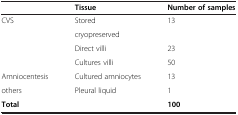
|  | Tissue | Number of samples |
 | --- | --- | --- |
 | <ROWSPAN=2> CVS | Stored | <ROWSPAN=2> 13 |
 | cryopreserved |
 |  | Direct villi | 23 |
 |  | Cultures villi | 50 |
 | Amniocentesis | Cultured amniocytes | 13 |
 | others | Pleural liquid | 1 |
 | Total |  | 100 |